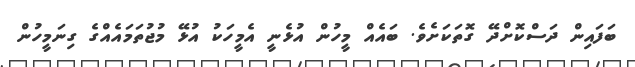
ބަފައިން ދަސްކޮށްދޭ ގޮތަކަށެވެ. ބައެއް މީހުން އުޅެނީ އެމީހަކު އުޅޭ މުޖުތަމައެއްގެ ގިނަމީހުން